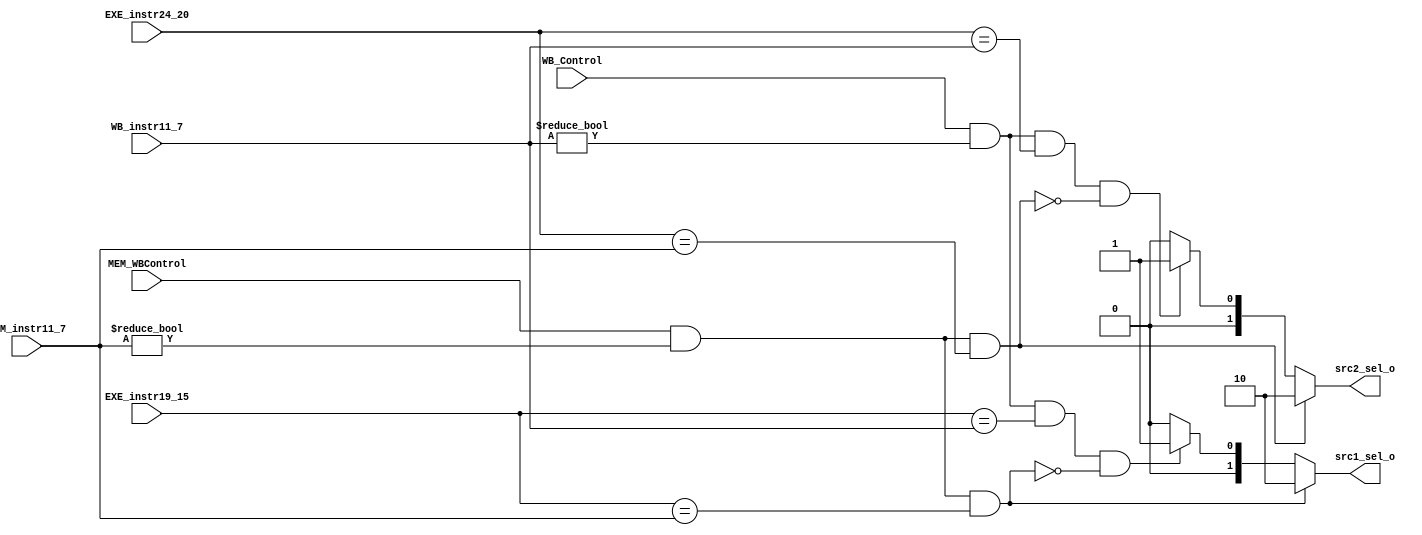
/***************************************************
Student Name:_
Student ID: group10_0711099_0810749
***************************************************/

module ForwardingUnit (EXE_instr19_15, EXE_instr24_20, MEM_instr11_7, MEM_WBControl, WB_instr11_7, WB_Control, src1_sel_o, src2_sel_o);

	input [5-1:0] EXE_instr19_15,	//RS1
	              EXE_instr24_20,	//RS2 
		      MEM_instr11_7,	//MEM_RD
		      WB_instr11_7;	//WB_RD
	input MEM_WBControl,
	      WB_Control;
	output wire [2-1:0] src1_sel_o, 
			    src2_sel_o;
	
reg [2-1:0] SLT1;
reg [2-1:0] SLT2;
assign src1_sel_o = SLT1;
assign src2_sel_o = SLT2;

always @(*) begin
	if(MEM_WBControl == 1'b1 && (MEM_instr11_7!=0) && EXE_instr19_15 == MEM_instr11_7) begin
		SLT1 <= 2'b10;
	end
	else if(WB_Control == 1'b1 && (WB_instr11_7!=0) && EXE_instr19_15 == WB_instr11_7 && (!(MEM_WBControl == 1'b1 && (MEM_instr11_7!=0) && EXE_instr19_15 == MEM_instr11_7))) begin
		SLT1 <= 2'b01;
	end
	else begin
		SLT1 <= 2'b00;
	end

	if(MEM_WBControl == 1'b1 && (MEM_instr11_7!=0) && EXE_instr24_20 == MEM_instr11_7) begin
		SLT2 <= 2'b10;
	end
	else if(WB_Control == 1'b1 && (WB_instr11_7!=0) && EXE_instr24_20 == WB_instr11_7 && (!(MEM_WBControl == 1'b1 && (MEM_instr11_7!=0) && EXE_instr24_20 == MEM_instr11_7))) begin
		SLT2 <= 2'b01;
	end
	else begin
		SLT2 <= 2'b00;
	end
end

endmodule